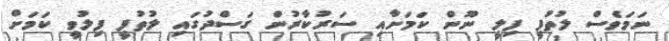
ނަމަވެސް ލުތުފީ ފިލީ ނޫން ކަމަށާއި ސަރުކާރުން ގަސްދުގައި ލުތުފީ ފިލުވީ ކަމަށް